Indian journal of veterinary science and animal husbandry - Volume 5,
Year: 1935
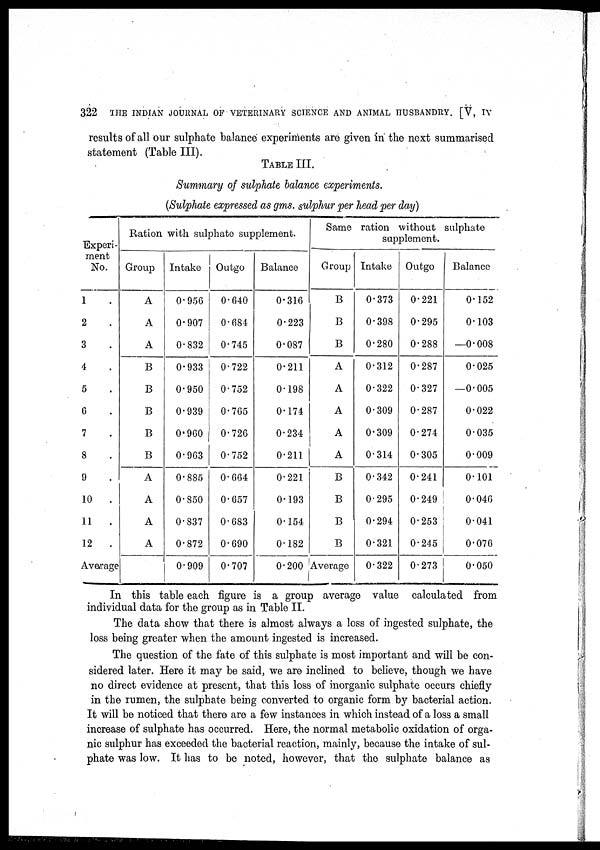
322
THE INDIAN JOURNAL OF VETERINARY SCIENCE AND ANIMAL HUSBANDRY. [V, IV
results of all our sulphate balance experiments are given in the next summarised
statement (Table III).
TABLE III.
Summary of sulphate balance experiments.
(Sulphate expressed as gms. sulphur per head per day)
Experi-
ment
No.
1 .
2 .
3 .
4 .
5 .
6 .
7 .
8 .
9 .
10 .
11.
12 .
Average
Ration with sulphate supplement.
Group
A
A
A
B
B
B
B
B
A
A
A
A
Intake
0.956
0.907
0.832
0.933
0.950
0.939
0.960
0.963
0.885
0.850
0.837
0.872
0.909
Outgo
0.640
0.684
0.745
0.722
0.752
0.765
0.726
0.752
0.664
0.657
0.683
0.690
0.707
Balance
0.316
0.223
0.087
0.211
0.198
0.174
0.234
0.211
0.221
0.193
0.154
0.182
0.200
Same ration without sulphate
supplement.
Group
B
B
B
A
A
A
A
A
B
B
B
B
Average
Intake
0.373
0.398
0.280
0.312
0.322
0.309
0.309
0.314
0.342
0.295
0.294
0.321
0.322
Outgo
0.221
0.295
0.288
0.287
0.327
0.287
0.274
0.305
0.241
0.249
0.253
0.245
0.273
Balance
0.152
0.103
—0.008
0.025
—0.005
0.022
0.035
0.009
0.101
0.046
0.041
0.076
0.050
In this table each figure is a group average value calculated from
individual data for the group as in Table II.
The data show that there is almost always a loss of ingested sulphate, the
loss being greater when the amount ingested is increased.
The question of the fate of this sulphate is most important and will be con-
sidered later. Here it may be said, we are inclined to believe, though we have
no direct evidence at present, that this loss of inorganic sulphate occurs chiefly
in the rumen, the sulphate being converted to organic form by bacterial action.
It will be noticed that there are a few instances in which instead of a loss a small
increase of sulphate has occurred. Here, the normal metabolic oxidation of orga-
nic sulphur has exceeded the bacterial reaction, mainly, because the intake of sul-
phate was low. It has to be noted, however, that the sulphate balance as